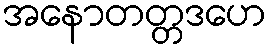
အနောတတ္တဒဟေ